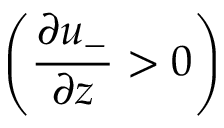
\left( \frac { \partial u _ { - } } { \partial z } > 0 \right)